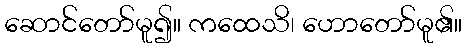
ဆောင်တော်မူ၍။ ကထေသိ၊ ဟောတော်မူ၏။